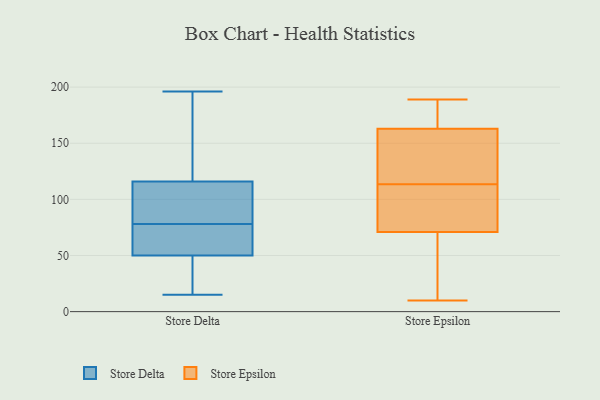
{"axis": {"x": "Population (Million)", "y": "Value"}, "legend": ["Store Delta", "Store Epsilon"], "data": [{"x": "", "y": 88, "type": "Store Delta"}, {"x": "", "y": 196, "type": "Store Delta"}, {"x": "", "y": 72, "type": "Store Delta"}, {"x": "", "y": 49, "type": "Store Delta"}, {"x": "", "y": 38, "type": "Store Delta"}, {"x": "", "y": 109, "type": "Store Delta"}, {"x": "", "y": 55, "type": "Store Delta"}, {"x": "", "y": 78, "type": "Store Delta"}, {"x": "", "y": 184, "type": "Store Delta"}, {"x": "", "y": 118, "type": "Store Delta"}, {"x": "", "y": 48, "type": "Store Delta"}, {"x": "", "y": 186, "type": "Store Delta"}, {"x": "", "y": 87, "type": "Store Delta"}, {"x": "", "y": 17, "type": "Store Delta"}, {"x": "", "y": 110, "type": "Store Delta"}, {"x": "", "y": 192, "type": "Store Delta"}, {"x": "", "y": 57, "type": "Store Delta"}, {"x": "", "y": 53, "type": "Store Delta"}, {"x": "", "y": 15, "type": "Store Delta"}, {"x": "", "y": 87, "type": "Store Epsilon"}, {"x": "", "y": 186, "type": "Store Epsilon"}, {"x": "", "y": 150, "type": "Store Epsilon"}, {"x": "", "y": 189, "type": "Store Epsilon"}, {"x": "", "y": 117, "type": "Store Epsilon"}, {"x": "", "y": 135, "type": "Store Epsilon"}, {"x": "", "y": 110, "type": "Store Epsilon"}, {"x": "", "y": 28, "type": "Store Epsilon"}, {"x": "", "y": 71, "type": "Store Epsilon"}, {"x": "", "y": 145, "type": "Store Epsilon"}, {"x": "", "y": 163, "type": "Store Epsilon"}, {"x": "", "y": 44, "type": "Store Epsilon"}, {"x": "", "y": 30, "type": "Store Epsilon"}, {"x": "", "y": 80, "type": "Store Epsilon"}, {"x": "", "y": 10, "type": "Store Epsilon"}, {"x": "", "y": 163, "type": "Store Epsilon"}, {"x": "", "y": 75, "type": "Store Epsilon"}, {"x": "", "y": 188, "type": "Store Epsilon"}]}